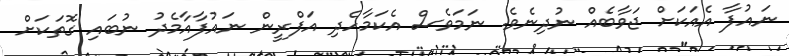
ނައުފާ އެއަކަށް ޖަވާބެއް ނުދިނެވެ. ނަމަވެސް އެކަމާހެދި އަފްރީން ނައުފާއާމެދު ނުބައި ގޮތަކަށް